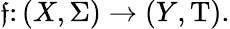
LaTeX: \mathfrak{f}\colon(X,\Sigma)\rightarrow(Y,\mathrm{{T}}).